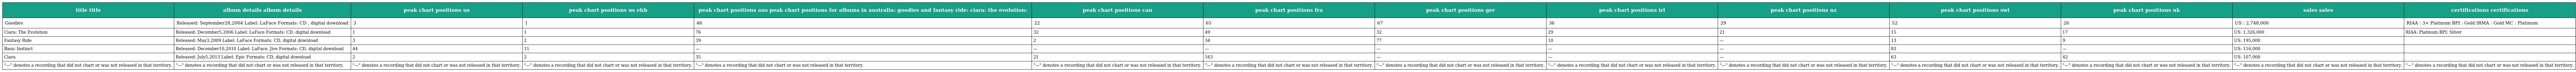
| title title | album details album details | peak chart positions us | peak chart positions us r&b | peak chart positions aus peak chart positions for albums in australia: goodies and fantasy ride: ciara: the evolution: | peak chart positions can | peak chart positions fra | peak chart positions ger | peak chart positions irl | peak chart positions nz | peak chart positions swi | peak chart positions uk | sales sales | certifications certifications |
 | --- | --- | --- | --- | --- | --- | --- | --- | --- | --- | --- | --- | --- | --- |
 | Goodies | Released: September28,2004 Label: LaFace Formats: CD , digital download | 3 | 1 | 46 | 22 | 65 | 67 | 36 | 29 | 52 | 26 | US : 2,748,000 | RIAA : 3× Platinum BPI : Gold IRMA : Gold MC : Platinum |
 | Ciara: The Evolution | Released: December5,2006 Label: LaFace Formats: CD, digital download | 1 | 1 | 76 | 32 | 49 | 32 | 29 | 21 | 15 | 17 | US: 1,326,000 | RIAA: Platinum BPI: Silver |
 | Fantasy Ride | Released: May3,2009 Label: LaFace Formats: CD, digital download | 3 | 2 | 39 | 2 | 34 | 77 | 10 | — | 13 | 9 | US: 195,000 |  |
 | Basic Instinct | Released: December10,2010 Label: LaFace, Jive Formats: CD, digital download | 44 | 11 | — | — | — | — | — | — | 83 | — | US: 116,000 |  |
 | Ciara | Released: July5,2013 Label: Epic Formats: CD, digital download | 2 | 2 | 35 | 21 | 163 | — | — | — | 63 | 42 | US: 107,000 |  |
 | "—" denotes a recording that did not chart or was not released in that territory. | "—" denotes a recording that did not chart or was not released in that territory. | "—" denotes a recording that did not chart or was not released in that territory. | "—" denotes a recording that did not chart or was not released in that territory. | "—" denotes a recording that did not chart or was not released in that territory. | "—" denotes a recording that did not chart or was not released in that territory. | "—" denotes a recording that did not chart or was not released in that territory. | "—" denotes a recording that did not chart or was not released in that territory. | "—" denotes a recording that did not chart or was not released in that territory. | "—" denotes a recording that did not chart or was not released in that territory. | "—" denotes a recording that did not chart or was not released in that territory. | "—" denotes a recording that did not chart or was not released in that territory. | "—" denotes a recording that did not chart or was not released in that territory. | "—" denotes a recording that did not chart or was not released in that territory. |